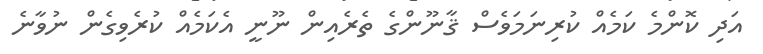
އަދި ކޮންމެ ކަމެއް ކުރިނަމަވެސް ޤާނޫންގެ ތެރެއިން ނޫނީ އެކަމެއް ކުރެވިގެން ނުވާނެ